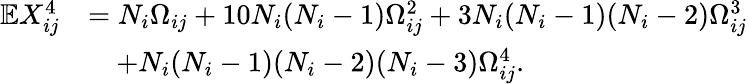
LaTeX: \begin{array}{rl}{\mathbb{E}X_{ij}^{4}}&{=N_{i}\Omega_{ij}+10N_{i}(N_{i}-1)\Omega_{ij}^{2}+3N_{i}(N_{i}-1)(N_{i}-2)\Omega_{ij}^{3}}\\ &{\quad+N_{i}(N_{i}-1)(N_{i}-2)(N_{i}-3)\Omega_{ij}^{4}.}\end{array}